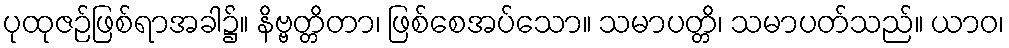
ပုထုဇဉ်ဖြစ်ရာအခါ၌။ နိဗ္ဗတ္တိတာ၊ ဖြစ်စေအပ်သော။ သမာပတ္တိ၊ သမာပတ်သည်။ ယာဝ၊